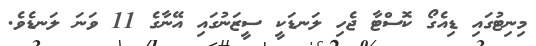
މިނިޓުގައި ޑިއެގޯ ކޮސްޓާ ޖެހި ލަނޑަކީ ސީޒަނުގައި އޭނާގެ 11 ވަނަ ލަނޑެވެ.